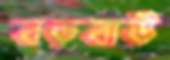
বড়বাউ